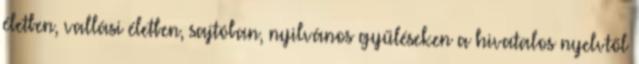
életben, vallási életben, sajtóban, nyilvános gyűléseken a hivatalos nyelvtől